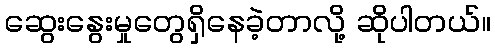
ဆွေးနွေးမှုတွေရှိနေခဲ့တာလို့ ဆိုပါတယ်။